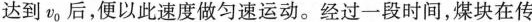
达到v_{0|后，便以此速度做匀速运动。经过一段时间，煤块在传